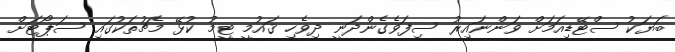
ބަޔަކު ސްޓޭޑިއަމަށް ވަންނައިރު ސިފަވެގެންދަނީ ދިވެހި ޤައުމީ ޓީމު ކުޅޭ މެޗުތަކުގައި ސަޕޯޓަށް